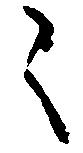
々